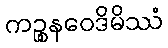
ကဉ္စနဝေဒိမိဿံ